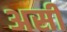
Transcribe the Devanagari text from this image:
असीं